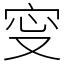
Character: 㝕